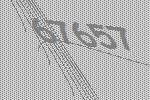
67657